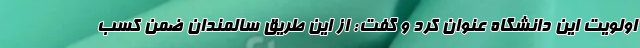
اولویت این دانشگاه عنوان کرد و گفت: از این طریق سالمندان ضمن کسب